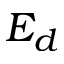
E _ { d }